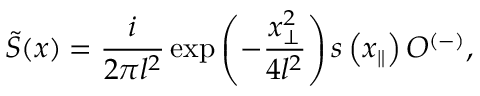
\tilde { S } ( x ) = \frac { i } { 2 \pi l ^ { 2 } } \exp \left( - \frac { x _ { \perp } ^ { 2 } } { 4 l ^ { 2 } } \right) s \left( x _ { \parallel } \right) O ^ { ( - ) } ,